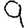
Digit: 9